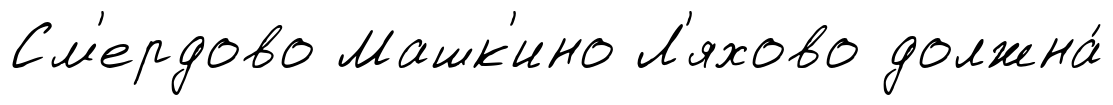
См'ердово Машк'ино Л'яхово должна́